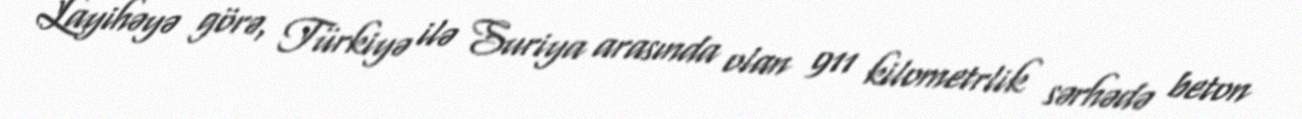
Layihəyə görə, Türkiyə ilə Suriya arasında olan 911 kilometrlik sərhədə beton